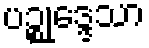
ပဉ္စုဒ္ဒေသာ